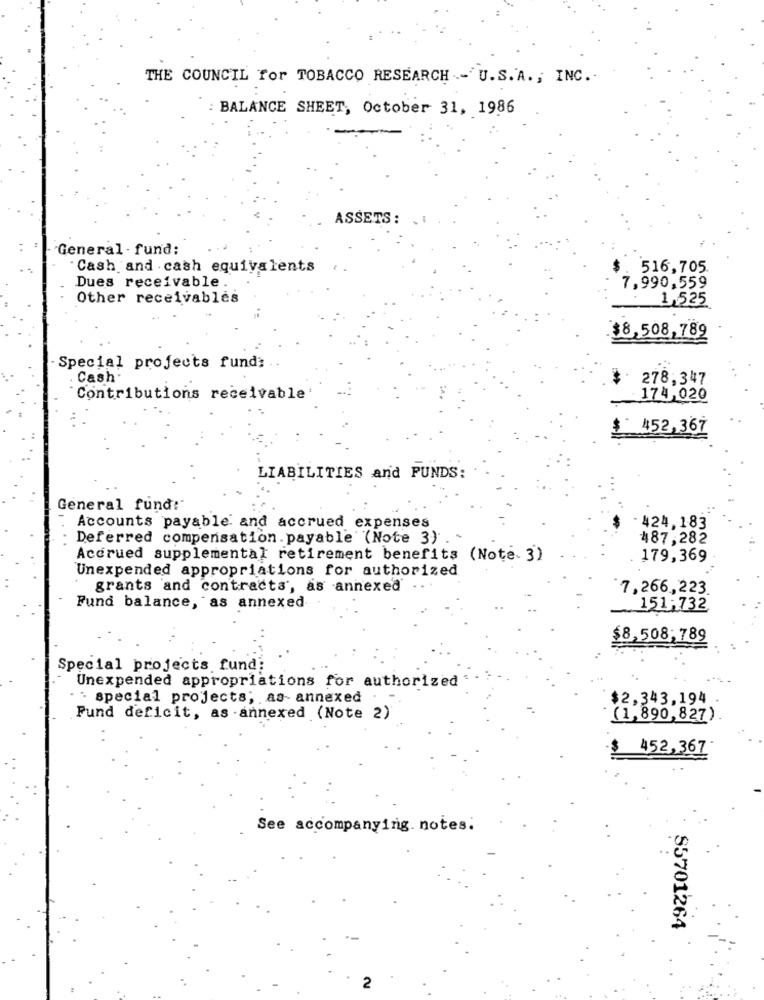
THE COUNCIL for TOBACCO RESEARCH - U.S. A ., INC ..
: BALANCE SHEET, October 31, 1986
ASSETS:
General - fund:
Cash and . cash equivalents
516,705
Dues receivable .
7,990,559
Other receivables
1,525
$8,508,789
Special projects fund; ..
Cash.
278,347
Contributions receivable'
174,020
452,367
LIABILITIES and PUNDS:
General fund:"
Accounts payable and accrued expenses
- 424,183
Deferred compensation. payable (Note 3) .
487,282
Accrued supplemental retirement benefits (Note 3)
179,369
Unexpended appropriations for authorized
grants 'and contracts', as annexed
7,266,223
Fund balance, as annexed
151-732
$8,508,789
Special projects fund;
Unexpended appropriations for authorized
" special projects; as- annexed
$2,343,194
Fund deficit, as -annexed (Note 2)
(1,890,827)
-$
452,367
See accompanying. notes:
85701264
2